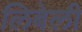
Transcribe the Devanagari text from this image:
लिबेली